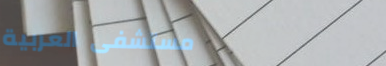
مستشفى العربية